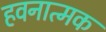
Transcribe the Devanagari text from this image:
हवनात्मक